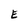
Character: E